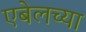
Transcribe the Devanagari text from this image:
एबेलच्या